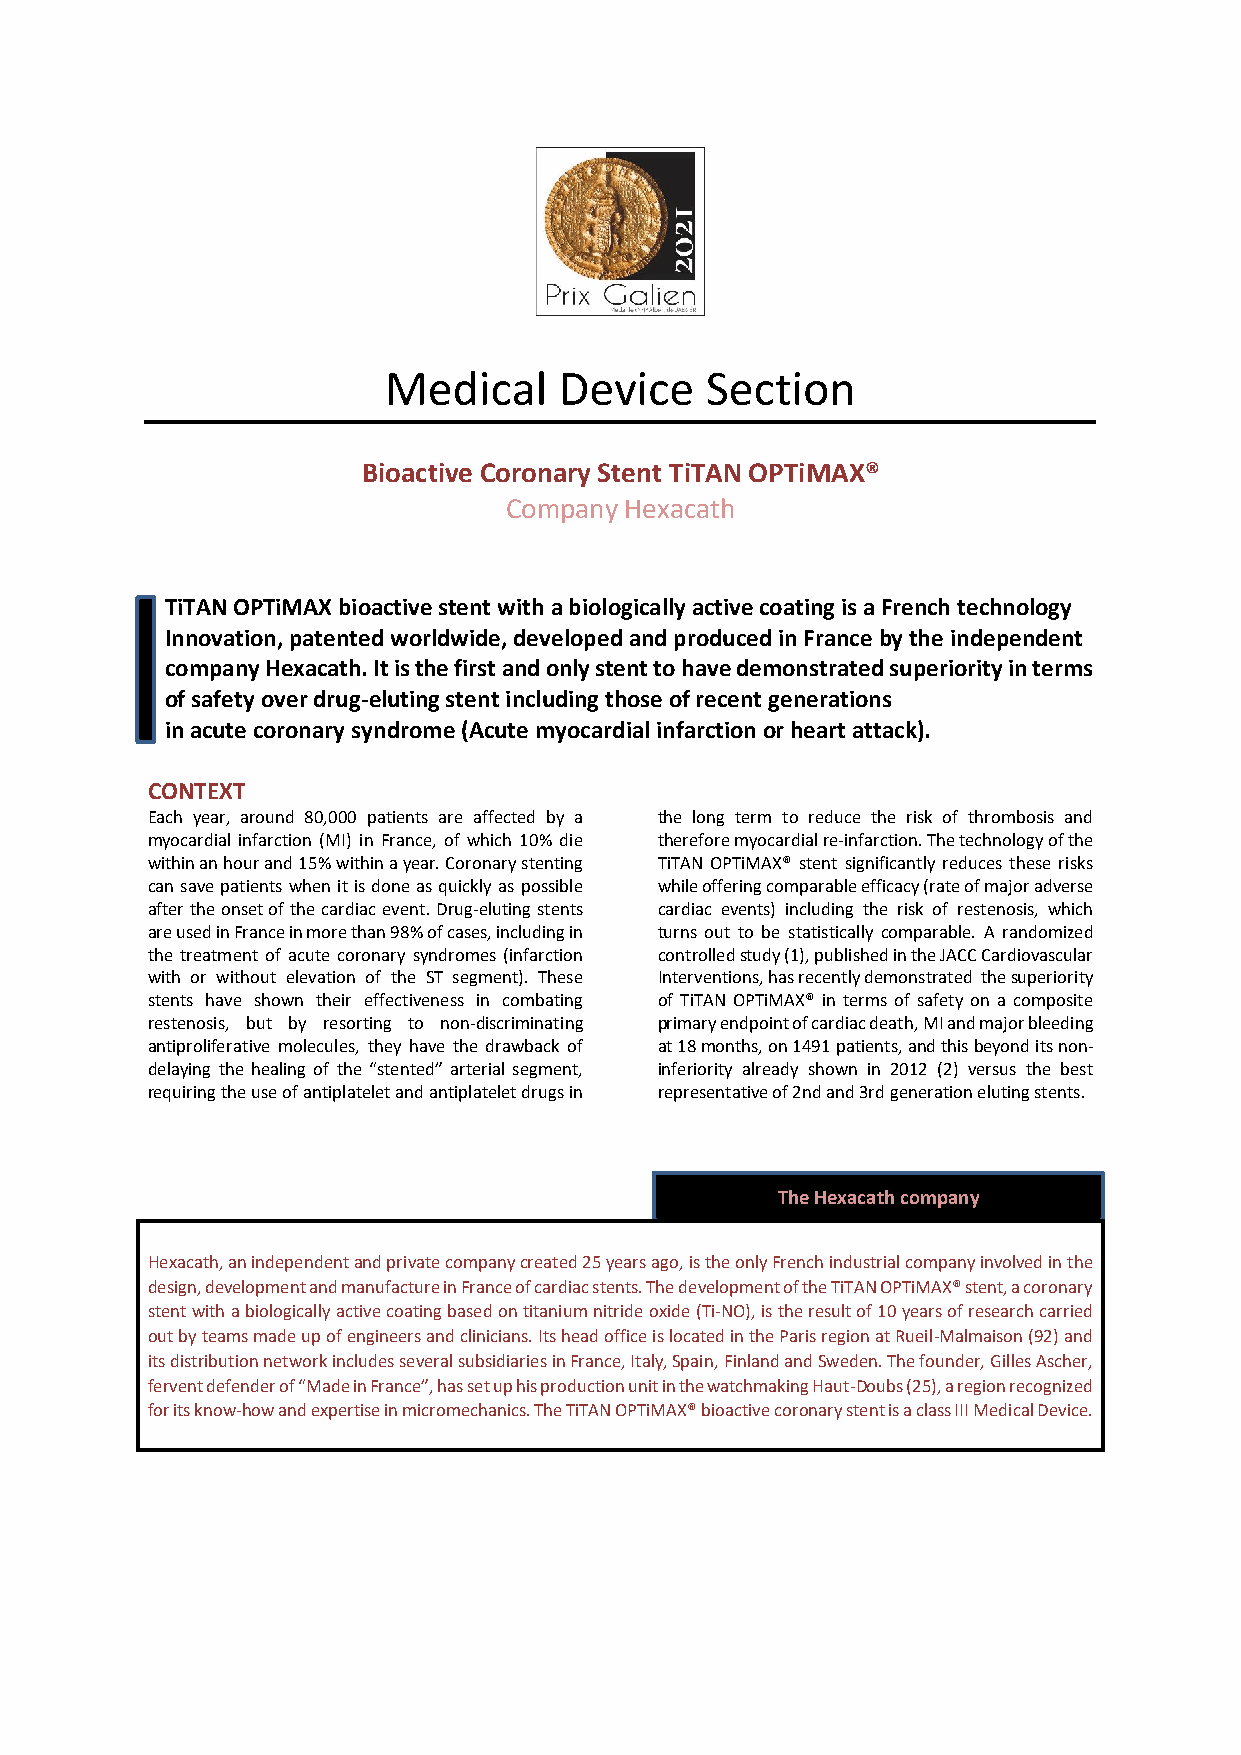
Medical     Device    Section
 Bioactive Coronary Stent TiTAN OPTiMAX®
 Company Hexacath
 TiTAN OPTiMAX bioactive stent with a biologically active coating is a French technology
 Innovation, patented worldwide, developed and produced in France by the independent
 company Hexacath. It is the first and only stent to have demonstrated superiority in terms
 of safety over drug-eluting stent including those of recent generations
 in acute coronary syndrome (Acute myocardial infarction or heart attack).
 CONTEXT
 Each year, around 80,000 patients are affected by a the long term to reduce the risk of thrombosis and
 myocardial infarction (MI) in France, of which 10% die therefore myocardial re-infarction. The technology of the
 within an hour and 15% within a year. Coronary stenting TiTAN OPTiMAX® stent significantly reduces these risks
 can save patients when it is done as quickly as possible while offering comparable efficacy (rate of major adverse
 after the onset of the cardiac event. Drug-eluting stents cardiac events) including the risk of restenosis, which
 are used in France in more than 98% of cases, including in turns out to be statistically comparable. A randomized
 the treatment of acute coronary syndromes (infarction controlled study (1), published in the JACC Cardiovascular
 with or without elevation of the ST segment). These Interventions, has recently demonstrated the superiority
 stents have shown their effectiveness in combating of TiTAN OPTiMAX® in terms of safety on a composite
 restenosis, but by resorting to non-discriminating primary endpoint of cardiac death, MI and major bleeding
 antiproliferative molecules, they have the drawback of at 18 months, on 1491 patients, and this beyond its non-
 delaying the healing of the “stented” arterial segment, inferiority already shown in 2012 (2) versus the best
 requiring the use of antiplatelet and antiplatelet drugs in representative of 2nd and 3rd generation eluting stents.
 The Hexacath company
 Hexacath, an independent and private company created 25 years ago, is the only French industrial company involved in the
 design, development and manufacture in France of cardiac stents. The development of the TiTAN OPTiMAX® stent, a coronary
 stent with a biologically active coating based on titanium nitride oxide (Ti-NO), is the result of 10 years of research carried
 out by teams made up of engineers and clinicians. Its head office is located in the Paris region at Rueil-Malmaison (92) and
 its distribution network includes several subsidiaries in France, Italy, Spain, Finland and Sweden. The founder, Gilles Ascher,
 fervent defender of “Made in France”, has set up his production unit in the watchmaking Haut-Doubs (25), a region recognized
 for its know-how and expertise in micromechanics. The TiTAN OPTiMAX® bioactive coronary stent is a class III Medical Device.